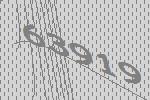
63919